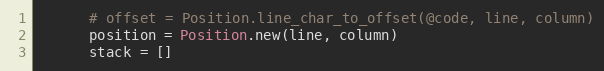
Language: Ruby
      # offset = Position.line_char_to_offset(@code, line, column)
      position = Position.new(line, column)
      stack = []